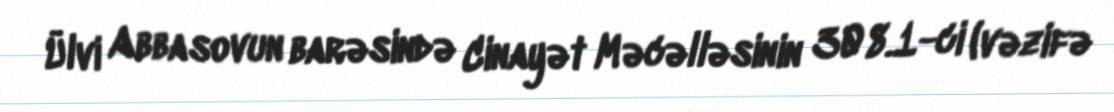
Ülvi Abbasovun barəsində Cinayət Məcəlləsinin 308.1-ci (vəzifə